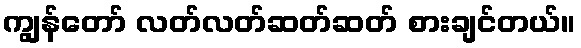
ကျွန်တော် လတ်လတ်ဆတ်ဆတ် စားချင်တယ်။